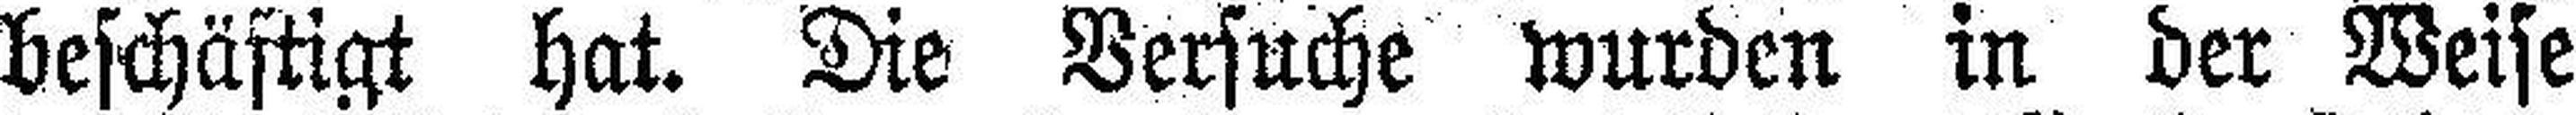
beschäftigt hat. Die Versuche wurden in der Weise